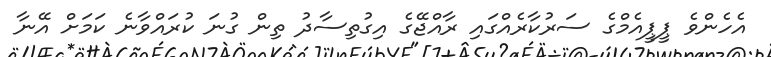
އެހެންވެ ޕީޕީއެމްގެ ސަރުކާރެއްގައި ރާއްޖޭގެ އިގުތިސާދު ތިން ގުނަ ކުރައްވާނެ ކަމަށް އޭނާ